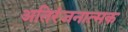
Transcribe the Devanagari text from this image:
अतिरंजनात्मक